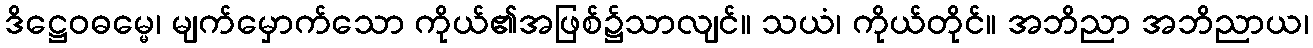
ဒိဋ္ဌေဝဓမ္မေ၊ မျက်မှောက်သော ကိုယ်၏အဖြစ်၌သာလျင်။ သယံ၊ ကိုယ်တိုင်။ အဘိညာ အဘိညာယ၊